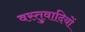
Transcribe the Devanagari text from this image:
वस्तुवादियों